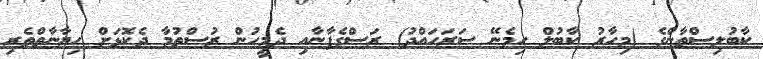
ކާބުލިސްތާންގެ (މިހާރު ކާބުލް ހިމެނޭ ސަރަހައްދު) ރަސްގެފާނާއި ދެމީހުން ރުސްތުމާ ދެކޮޅަށް ހިޔާނާތްތެރި